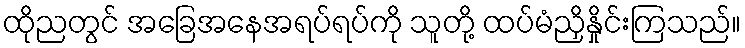
ထိုညတွင် အခြေအနေအရပ်ရပ်ကို သူတို့ ထပ်မံညှိနှိုင်းကြသည်။